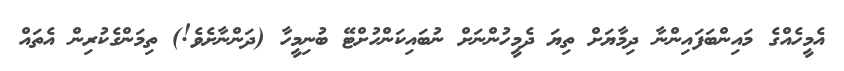
އެމީހެއްގެ މައިންބަފައިންނާ ދިމާޔަށް ތިޔަ ދެމީހުންނަށް ނުބައިކަންހުށްޓޭ ބުނިމީހާ (ދަންނާށެވެ!) ތިމަންގެކުރިން އެތައް